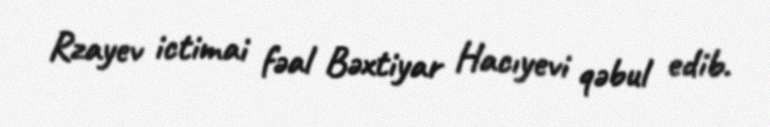
Rzayev ictimai fəal Bəxtiyar Hacıyevi qəbul edib.